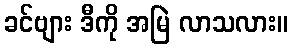
ခင်ဗျား ဒီကို အမြဲ လာသလား။